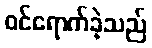
ဝင်ရောက်ခဲ့သည်